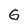
Character: G